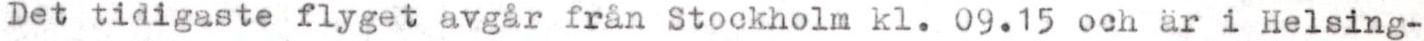
Det tidigaste flyget avgår från Stockholm kl. 09.15 och är i Helsing-